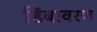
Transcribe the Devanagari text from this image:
डिंबावरण